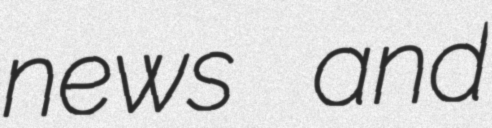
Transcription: news and